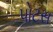
પોટસ